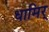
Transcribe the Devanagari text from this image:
धामिर्